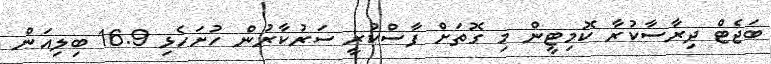
ބަޖެޓް ދިރާސާކުރާ ކޮމިޓީން މި ގޮތަށް ފާސްކުރީ ސަރުކާރުން ހުށަހެޅި 16.9 ބިލިއަން